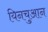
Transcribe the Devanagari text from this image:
यिनचुआन